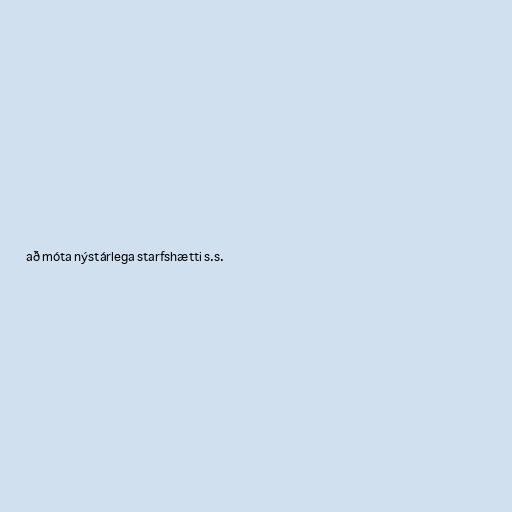
að móta nýstárlega starfshætti s.s.